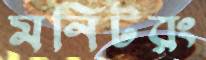
মনিটরং